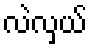
လဲလှယ်